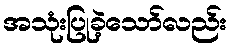
အသုံးပြုခဲ့သော်လည်း